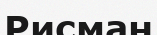
Рисман